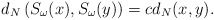
\begin{align*} d_N\left(S_\omega(x), S_\omega(y)\right) = c d_N(x,y). \end{align*}